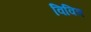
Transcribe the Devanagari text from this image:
विवित्र